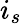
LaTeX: i_{s}